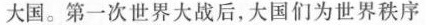
大国。第一次世界大战后，大国们为世界秩序